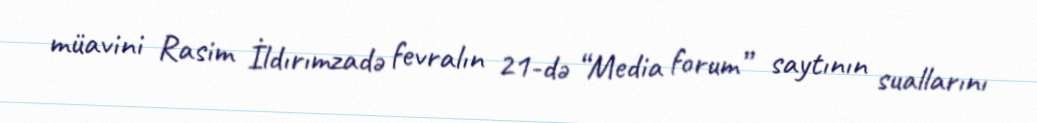
müavini Rasim İldırımzadə fevralın 21-də “Media forum” saytının suallarını